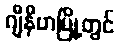
ဂျီနီဗာမြို့တွင်